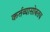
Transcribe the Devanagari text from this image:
कर्तव्यासोबतच